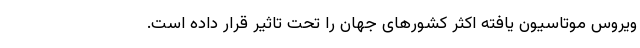
ویروس موتاسیون یافته اکثر کشورهای جهان را تحت تاثیر قرار داده است.